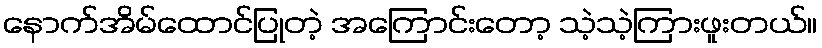
နောက်အိမ်ထောင်ပြုတဲ့ အကြောင်းတော့ သဲ့သဲ့ကြားဖူးတယ်။